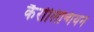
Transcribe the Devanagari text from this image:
कैरोलिन्गियन